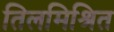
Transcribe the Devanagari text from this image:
तिलमिश्रित